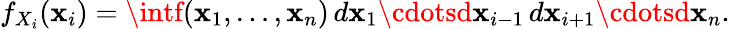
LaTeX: f_{X_{i}}(\mathbf{x}_{i})=\intf(\mathbf{x}_{1},\ldots,\mathbf{x}_{n})\, d\mathbf{x}_{1}\cdotsd\mathbf{x}_{i-1}\, d\mathbf{x}_{i+1}\cdotsd\mathbf{x}_{n}.